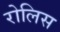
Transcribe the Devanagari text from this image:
रोलिस